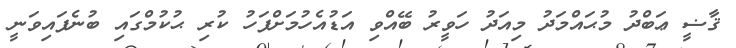
ޤާޟީ ޢަބްދު މުޙައްމަދު މިއަދު ހަވީރު ބޭއްވި އަޑުއެހުމަށްފަހު ކުރި ޙުކުމްގައި ބުނެފައިވަނީ